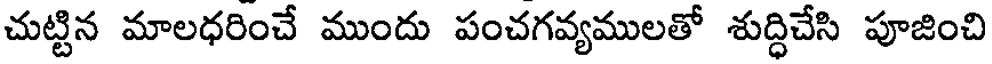
చుట్టిన మాలధరించే ముందు పంచగవ్యములతో శుద్ధిచేసి పూజించి